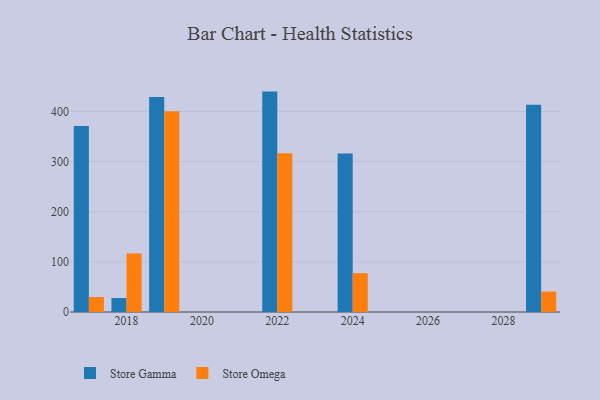
{"axis": {"x": "Year", "y": "Inventory Turnover"}, "legend": ["Store Gamma", "Store Omega"], "data": [{"x": "2017", "y": 370.7, "type": "Store Gamma"}, {"x": "2017", "y": 29.9, "type": "Store Omega"}, {"x": "2024", "y": 315.9, "type": "Store Gamma"}, {"x": "2024", "y": 77.4, "type": "Store Omega"}, {"x": "2022", "y": 439.5, "type": "Store Gamma"}, {"x": "2022", "y": 316.6, "type": "Store Omega"}, {"x": "2018", "y": 27.8, "type": "Store Gamma"}, {"x": "2018", "y": 116.8, "type": "Store Omega"}, {"x": "2019", "y": 428.9, "type": "Store Gamma"}, {"x": "2019", "y": 400.4, "type": "Store Omega"}, {"x": "2029", "y": 413.5, "type": "Store Gamma"}, {"x": "2029", "y": 40.8, "type": "Store Omega"}]}